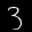
Label: 3